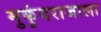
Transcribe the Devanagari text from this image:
मुकुंदराजाला